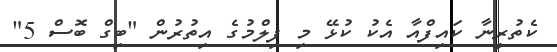
ކެތުރީނާ ކައިފްއާ އެކު ކުޅޭ މި ފިލްމުގެ އިތުރުން "ބިގް ބޮސް 5"